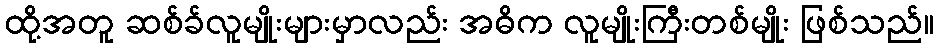
ထို့အတူ ဆစ်ခ်လူမျိုးများမှာလည်း အဓိက လူမျိုးကြီးတစ်မျိုး ဖြစ်သည်။